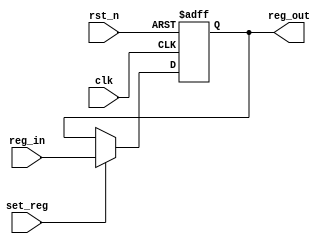
module REGG #(parameter DATA_WIDTH = 16)  (
		clk,
		rst_n,
		set_reg,
		reg_in,
		reg_out,
		);

  input clk     ;
	input rst_n   ;
	input set_reg ;

  input signed  [DATA_WIDTH-1:0] reg_in         ;  
  output signed [DATA_WIDTH-1:0] reg_out        ; 
	reg signed    [DATA_WIDTH-1:0] internal_data  ;
	reg signed    [DATA_WIDTH-1:0] internal_signal;

	always @(posedge clk or negedge rst_n) begin
		if(!rst_n) begin
			internal_data <= 0;
		end
		else begin
			internal_data <= internal_signal;
		end
	end

	always @(*) begin
		if(set_reg) begin
		  internal_signal = reg_in;
		end
		else begin
			internal_signal = internal_data;
		end
	end

	assign reg_out = internal_data;
endmodule